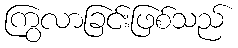
ကြွလာခြင်းဖြစ်သည်